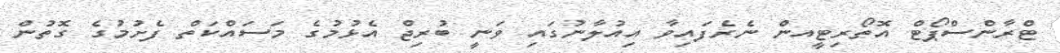
ޓްރާންސްޕޯޓް އޮތޯރިޓީއން ނެރެފައިވާ އިއުލާނުގައި ވަނީ ބުރިޖް އެޅުމުގެ މަސައްކަތް ފެށުމުގެ ގޮތުން